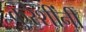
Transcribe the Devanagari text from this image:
कुरेशींनी